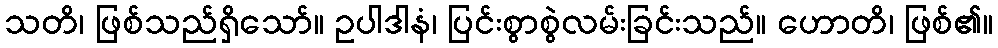
သတိ၊ ဖြစ်သည်ရှိသော်။ ဥပါဒါနံ၊ ပြင်းစွာစွဲလမ်းခြင်းသည်။ ဟောတိ၊ ဖြစ်၏။